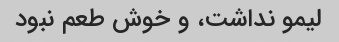
لیمو نداشت، و خوش طعم نبود